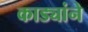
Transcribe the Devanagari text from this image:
काड्यांने